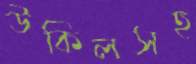
উকিলসহ